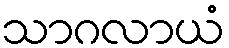
သာဂလာယံ